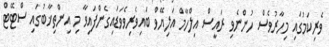
ވެރިކަމުގައި މިހާރުވެސް ހުންނެވި ރައީސް އިލްހާމް އަލިޔޭވް ބައިވެރިވެވަޑައިގެންފައިވާ މި އިންތިޚާބުގައި ސްޓޭޓް